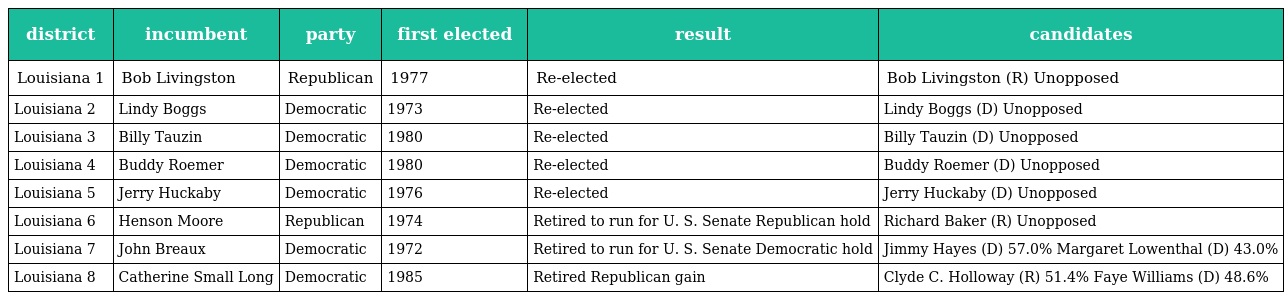
| district | incumbent | party | first elected | result | candidates |
 | --- | --- | --- | --- | --- | --- |
 | Louisiana 1 | Bob Livingston | Republican | 1977 | Re-elected | Bob Livingston (R) Unopposed |
 | Louisiana 2 | Lindy Boggs | Democratic | 1973 | Re-elected | Lindy Boggs (D) Unopposed |
 | Louisiana 3 | Billy Tauzin | Democratic | 1980 | Re-elected | Billy Tauzin (D) Unopposed |
 | Louisiana 4 | Buddy Roemer | Democratic | 1980 | Re-elected | Buddy Roemer (D) Unopposed |
 | Louisiana 5 | Jerry Huckaby | Democratic | 1976 | Re-elected | Jerry Huckaby (D) Unopposed |
 | Louisiana 6 | Henson Moore | Republican | 1974 | Retired to run for U. S. Senate Republican hold | Richard Baker (R) Unopposed |
 | Louisiana 7 | John Breaux | Democratic | 1972 | Retired to run for U. S. Senate Democratic hold | Jimmy Hayes (D) 57.0% Margaret Lowenthal (D) 43.0% |
 | Louisiana 8 | Catherine Small Long | Democratic | 1985 | Retired Republican gain | Clyde C. Holloway (R) 51.4% Faye Williams (D) 48.6% |